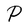
Character: P